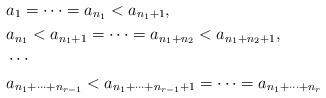
LaTeX: \begin{align*}&a_1=\cdots=a_{n_1} <a_{n_1+1}, \\&a_{n_1}<a_{n_1+1}=\cdots=a_{n_1+n_2}<a_{n_1+n_2+1}, \\&\cdots \\&a_{n_1+\cdots+n_{r-1}}<a_{n_1+\cdots+n_{r-1}+1}=\cdots =a_{n_1+\cdots+n_r}\end{align*}